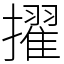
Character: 擢